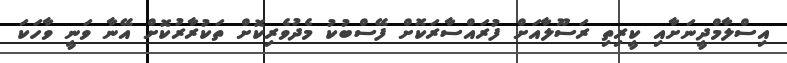
އިސްލާމްދީނަށާއި ކީރިތި ރަސޫލާއަށް ފުރައްސާރަކޮށް ފޭސްބުކު މެދުވެރިކޮށް ތަކުރާރުކޮށް އޭނާ ވަނީ ވާހަކަ